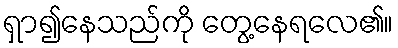
ရှာ၍နေသည်ကို တွေ့နေရလေ၏။